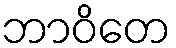
ဘာဝိတေ